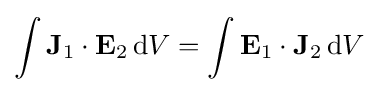
\int \mathbf {J} _{1}\cdot \mathbf {E} _{2}\,\mathrm {d} V=\int \mathbf {E} _{1}\cdot \mathbf {J} _{2}\,\mathrm {d} V\